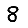
Digit: 8